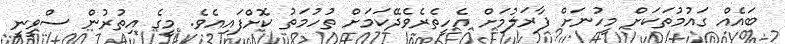
ބައެއް ގައުމުތަކަށް މީހުނަށް ފާރަލުމަށް އެހީތެރެވެދޭކަމަށް ތުހުމަތު ކޮށްފައިއެވެ. މީގެ އިތުރުން ސްވީނީ